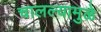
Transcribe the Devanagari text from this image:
चालल्यामुळे